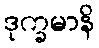
ဒုက္ခမာနိ